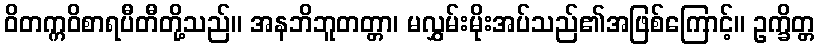
ဝိတက္ကဝိစာရပီတီတို့သည်။ အနဘိဘူတတ္တာ၊ မလွှမ်းမိုးအပ်သည်၏အဖြစ်ကြောင့်။ ဥက္ခိတ္တ